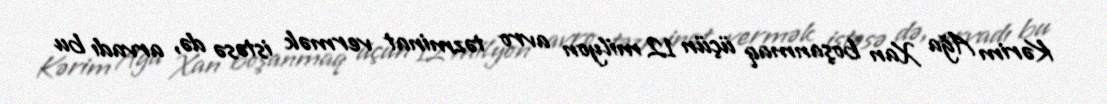
Kərim Ağa Xan boşanmaq üçün 12 milyon avro təzminat vermək istəsə də, arvadı bu